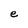
Character: e